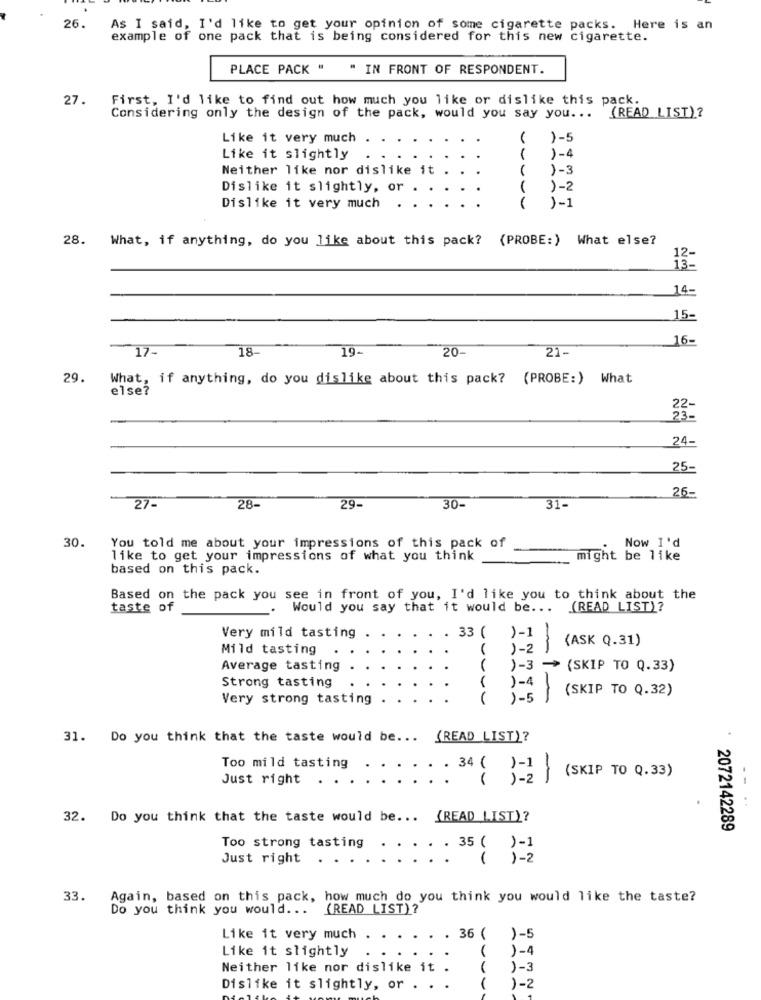
26.
As I said, I'd like to get your opinion of some cigarette packs. Here is an
example of one pack that is being considered for this new cigarette.
PLACE PACK " " IN FRONT OF RESPONDENT.
27.
First, I'd like to find out how much you like or dislike this pack.
(READ LIST)?
Considering only the design of the pack, would you say you ...
Like it very much
)-5
Like it slightly
1
)-4
Neither like nor dislike it
1-3
Dislike it slightly, or .
)-2
)-1
Dislike it very much
28. What, if anything, do you like about this pack? (PROBE:) What else?
12-
14-
15-
16-
17-
18-
19-
20-
21-
29.
What, if anything, do you dislike about this pack? (PROBE:) What
else?
22-
23-
24-
25-
26-
27-
28-
29-
30-
31-
30.
You told me about your impressions of this pack of
Now I'd
like to get your impressions of what you think
might be like
based on this pack.
Based on the pack you see in front of you, I'd like you to think about the
taste of
Would you say that it would be ...
(READ LIST)?
Very mild tasting
33 (
)-1
(ASK Q.31)
Mild tasting
)-2
-
Average tasting
)-3 -
(SKIP TO Q.33)
Strong tasting
)-4
(SKIP TO Q.32)
Very strong tasting
(
)-5
1-
31. Do you think that the taste would be ... (READ LIST)?
Too mild tasting
34 ( )-1
Just right .
1
(SKIP TO Q.33)
32. Do you think that the taste would be ...
(READ LIST)?
2072142289
Too strong tasting
35 ( )-1
Just right . . .
( )-2
33.
Again, based on this pack, how much do you think you would like the taste?
Do you think you would ...
(READ LIST)?
Like it very much
. 36 (
)-5
Like it slightly
.
)-4
Neither like nor dislike it .
1
1-3
Dislike it slightly, or . . .
)-2